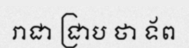
រាជា ជ្រាប ថា ទ័ព